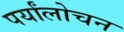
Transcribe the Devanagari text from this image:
पर्यांलोचन